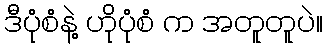
ဒီပုံစံနဲ့ ဟိုပုံစံ က အတူတူပဲ။